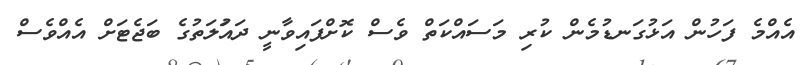
އެއްމެ ފަހުން އަޅުގަނޑުމެން ކުރި މަސައްކަތް ވެސް ކޮށްފައިވާނީ ދައުަލަތުގެ ބަޖެޓަށް އެއްވެސް